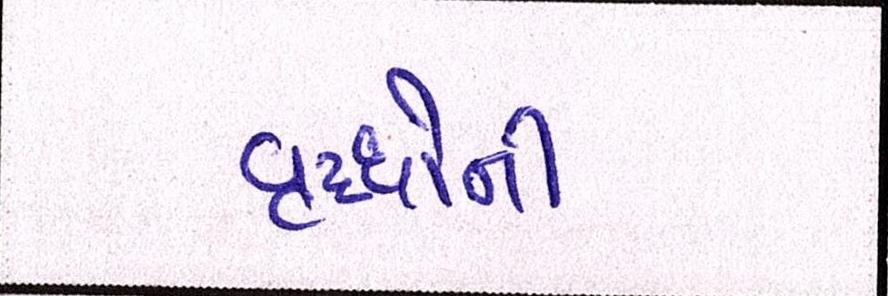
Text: વૃધ્ધોની